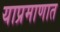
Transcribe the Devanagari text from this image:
याप्रमाणात